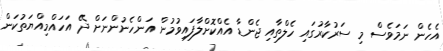
އެހެން ނަމަވެސް މި ސަރުކާރުގައި ހެލްތާއި ޖެންޑާ އެއްކޮށްލާފައިވުމުން އަންހެނުންނަށް ދޭ އަހައްމިއްޔަތުކަން